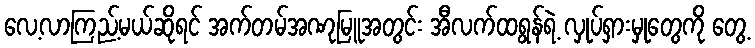
လေ့လာကြည့်မယ်ဆိုရင် အက်တမ်အဏုမြူအတွင်း အီလက်ထရွန်ရဲ့ လှုပ်ရှားမှုတွေကို တွေ့